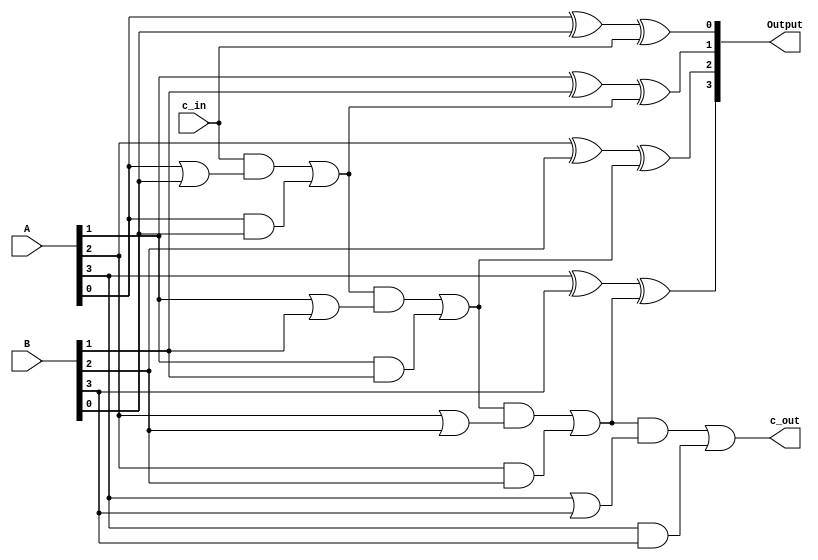
module cla_adder(input c_in, input [3:0] A, B, output [3:0] Output, output c_out);

//The generate and propogate signal
wire [3:0] prop,gen,carry;
assign carry[0]=c_in;

//First Digit
assign gen[0]=A[0]&B[0];
assign prop[0]=A[0]|B[0];
assign carry[1]=(carry[0]&prop[0])|gen[0];
assign Output[0]=A[0]^B[0]^carry[0];

//Second Digit
assign gen[1]=A[1]&B[1];
assign prop[1]=A[1]|B[1];
assign carry[2]=(carry[1]&prop[1])|gen[1];
assign Output[1]=A[1]^B[1]^carry[1];

//Third Digit
assign gen[2]=A[2]&B[2];
assign prop[2]=A[2]|B[2];
assign carry[3]=(carry[2]&prop[2])|gen[2];
assign Output[2]=A[2]^B[2]^carry[2];

//Fourth Digit
assign gen[3]=A[3]&B[3];
assign prop[3]=A[3]|B[3];
assign c_out=(carry[3]&prop[3])|gen[3];
assign Output[3]=A[3]^B[3]^carry[3];

endmodule